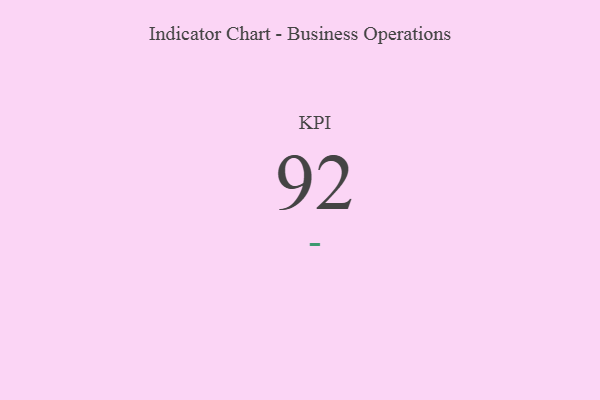
{"axis": {"x": "KPI", "y": "Value"}, "legend": [""], "data": [{"x": "KPI", "y": 92, "type": ""}]}